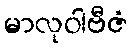
မာလုဝါဗီဇံ